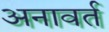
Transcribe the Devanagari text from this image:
अनावर्त